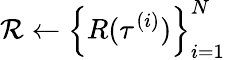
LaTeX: \mathcal{R}\leftarrow\left\{ R(\tau^{(i)})\right\} _{i=1}^{N}